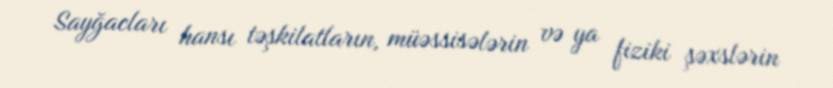
Sayğacları hansı təşkilatların, müəssisələrin və ya fiziki şəxslərin